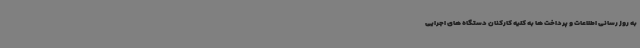
به روز رسانی اطلاعات و پرداخت ها به کلیه کارکنان دستگاه های اجرایی